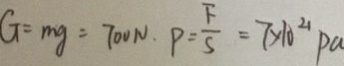
G = m g = 7 0 0 N . P = \frac { F } { S } = 7 \times 1 0 ^ { 4 } P a